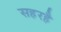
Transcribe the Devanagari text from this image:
सहरहै